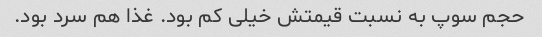
حجم سوپ به نسبت قیمتش خیلی کم بود. غذا هم سرد بود.